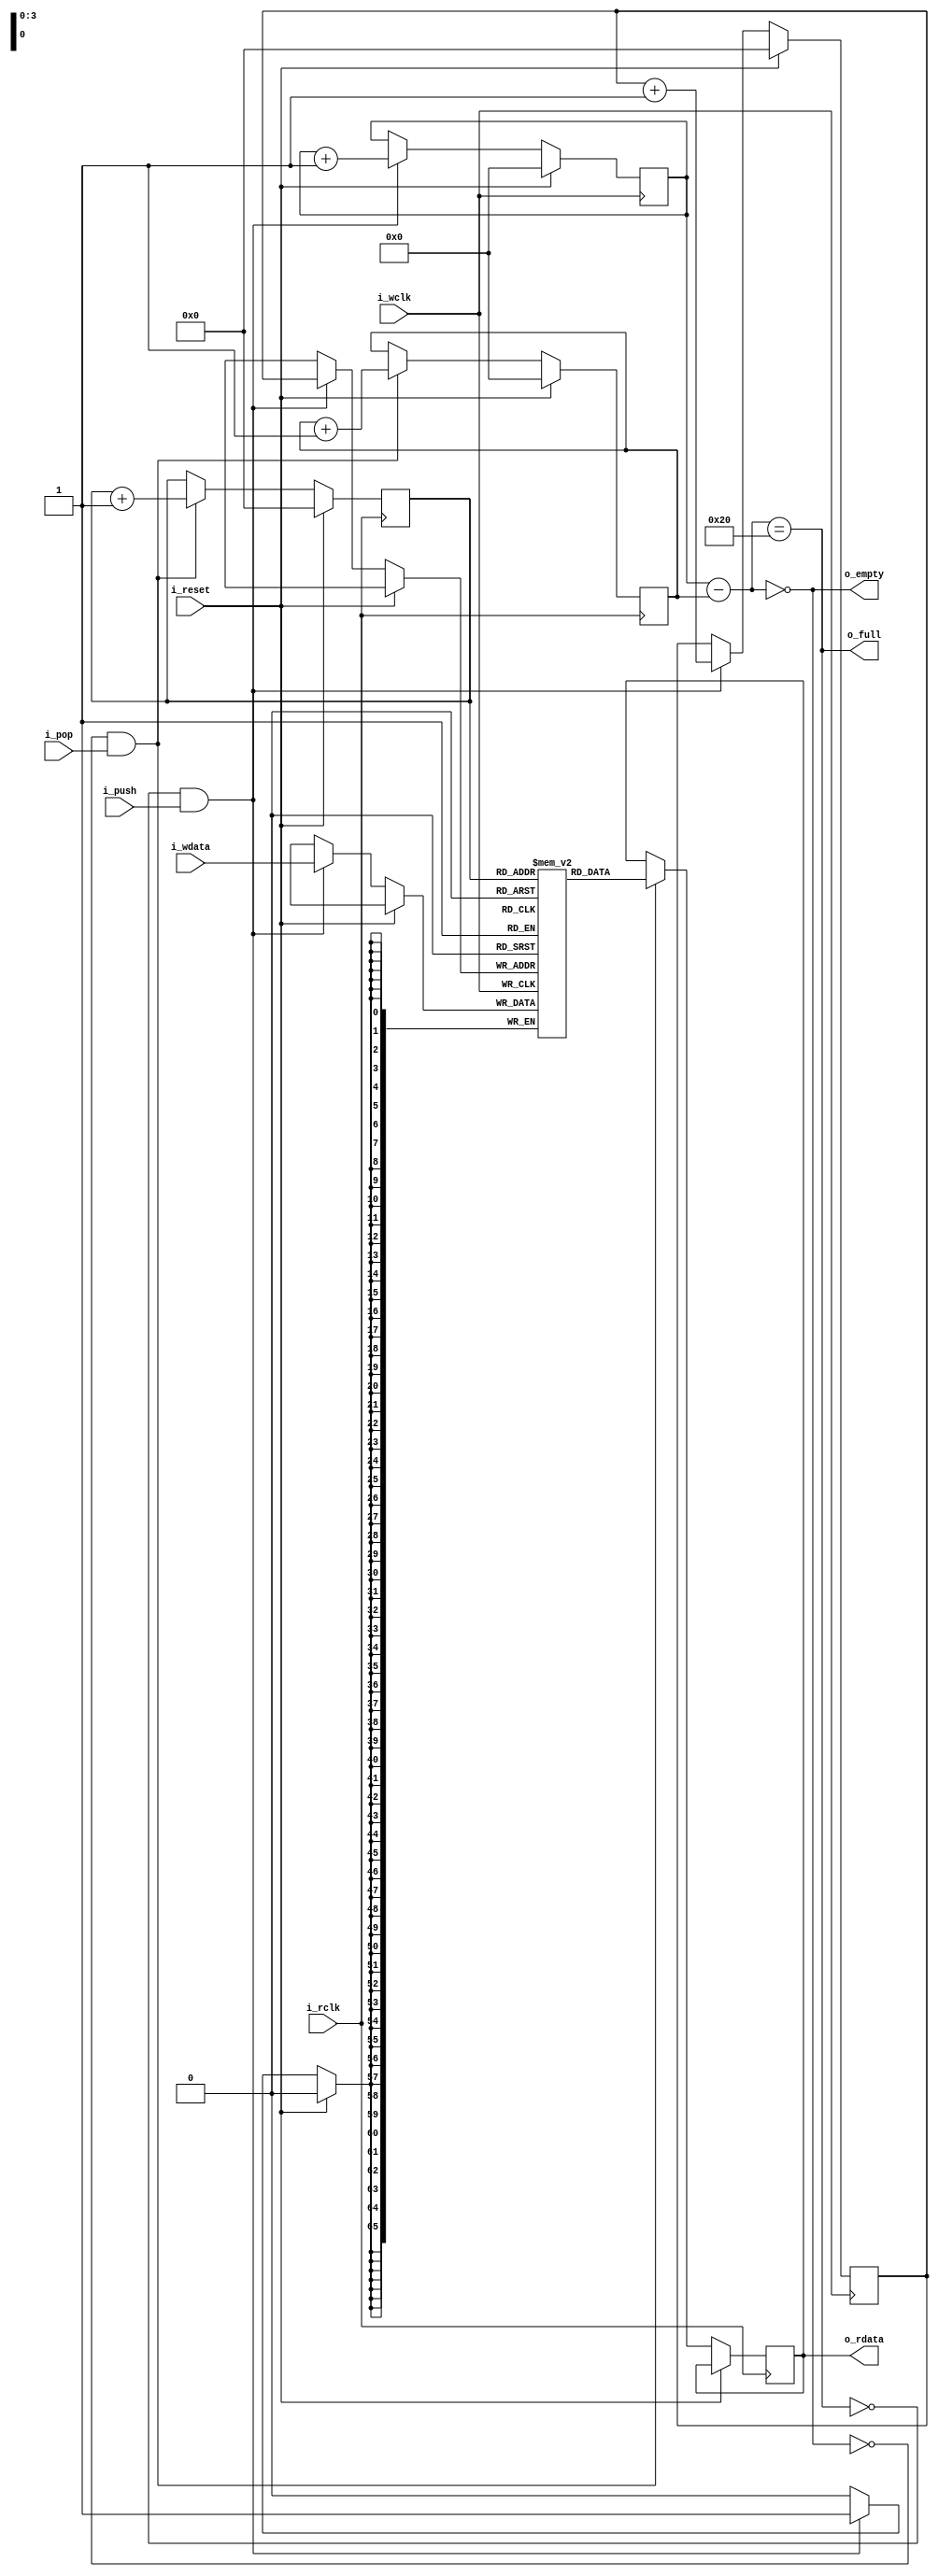
module async_fifo(
	i_push,
	i_pop,
	i_reset,
	i_wclk,
	i_rclk,
	i_wdata,
	o_rdata,
	o_full,
	o_empty
    );

parameter F_WIDTH = 4;
parameter F_SIZE = 1 << F_WIDTH;
parameter F_MAX = 32; // max number of elements we want to store

input i_reset;
input i_rclk;
input i_wclk;
input i_push;
input i_pop;
input [65:0] i_wdata;
output reg [65:0] o_rdata;
output reg o_empty;
output reg o_full;

reg [F_WIDTH-1:0] read_pos;
reg [F_WIDTH-1:0] write_pos;
reg [65:0] memory[F_SIZE -1 : 0];
reg [7:0] total_count; // the number of elements currently in the FIFO
reg [7:0] read_counter;
reg [7:0] write_counter;

// Update empty and full indicators whenever total_count changes
always @(*) begin
	total_count = write_counter - read_counter;
   o_empty = (total_count == 0);
   o_full = (total_count == F_MAX);
end

// Handle writes (push)
always @(posedge i_wclk) begin
	if(i_reset) begin
		write_counter <= 0;
		write_pos <= 0;
	end
	else if(!o_full && i_push) begin
		memory[write_pos] <= i_wdata;
		write_pos <= write_pos + 1'b1;
		write_counter <= write_counter + 1'b1;
	end
end

// Handle reads (pop)
always @(posedge i_rclk) begin
	if(i_reset) begin
		read_counter <= 0;
		read_pos <= 0;
	end
	else if(!o_empty && i_pop) begin
		o_rdata <= memory[read_pos];
		read_pos <= read_pos + 1'b1;
		read_counter <= read_counter + 1'b1;
	end
end


endmodule